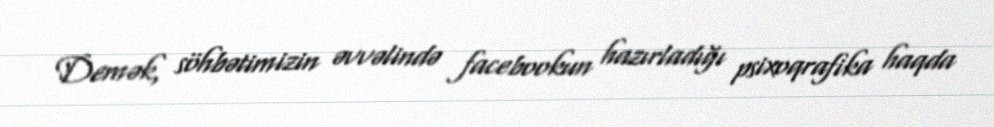
Demək, söhbətimizin əvvəlində facebookun hazırladığı psixoqrafika haqda